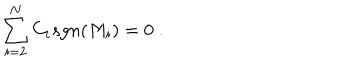
\sum _ { i = 2 } ^ { N } C _ { i } s g n ( M _ { i } ) = 0 \ .